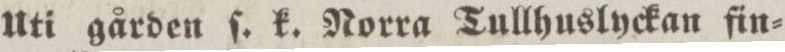
Uti gården ſ. k. Norra Tullhuslyckan fin=